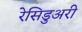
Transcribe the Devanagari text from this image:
रेसिडुअरी